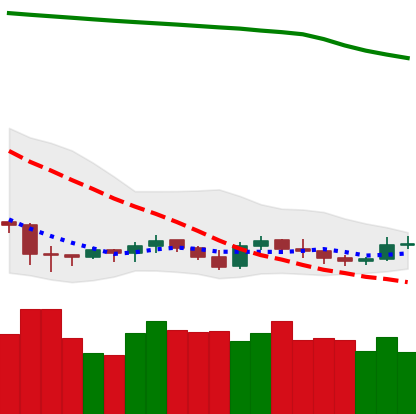
Ticker: XRP-USD
Chart end date: 2019-09-15
Forward return: 12.553%
Label: up_7plus